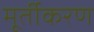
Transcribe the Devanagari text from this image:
मूर्तीकरण